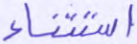
استثناء